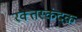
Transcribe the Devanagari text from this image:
रक्त्तस्कंदक